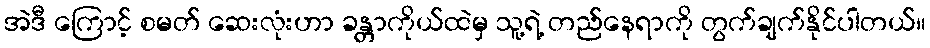
အဲဒီ ကြောင့် စမတ် ဆေးလုံးဟာ ခန္တာကိုယ်ထဲမှ သူ့ရဲ့ တည်နေရာကို တွက်ချက်နိုင်ပါတယ်။